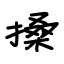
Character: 搡